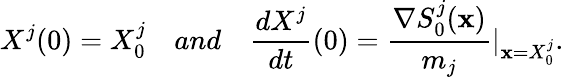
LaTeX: X^{j}(0)=X_{0}^{j}~~~~and~~~~\frac{dX^{j}}{dt}(0)=\frac{\nabla S_{0}^{j}(\textbf{x})}{m_{j}}\vert_{\textbf{x}=X_{0}^{j}}.